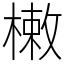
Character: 𣙙